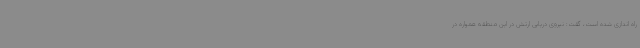
راه اندازی شده است، گفت: نیروی دریایی ارتش در این منطقه همواره در